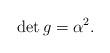
LaTeX: \begin{align*}\det g = \alpha^2.\end{align*}